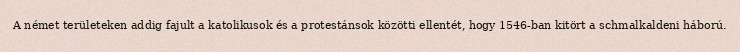
A német területeken addig fajult a katolikusok és a protestánsok közötti ellentét, hogy 1546-ban kitört a schmalkaldeni háború.